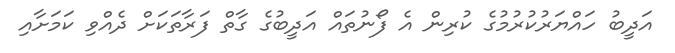
އަދީބު ހައްޔަރުކުރުމުގެ ކުރިން އެ ފޯނުތައް އަދީބުގެ ގާތް ފަރާތަކަށް ދެއްވި ކަމަށާއި